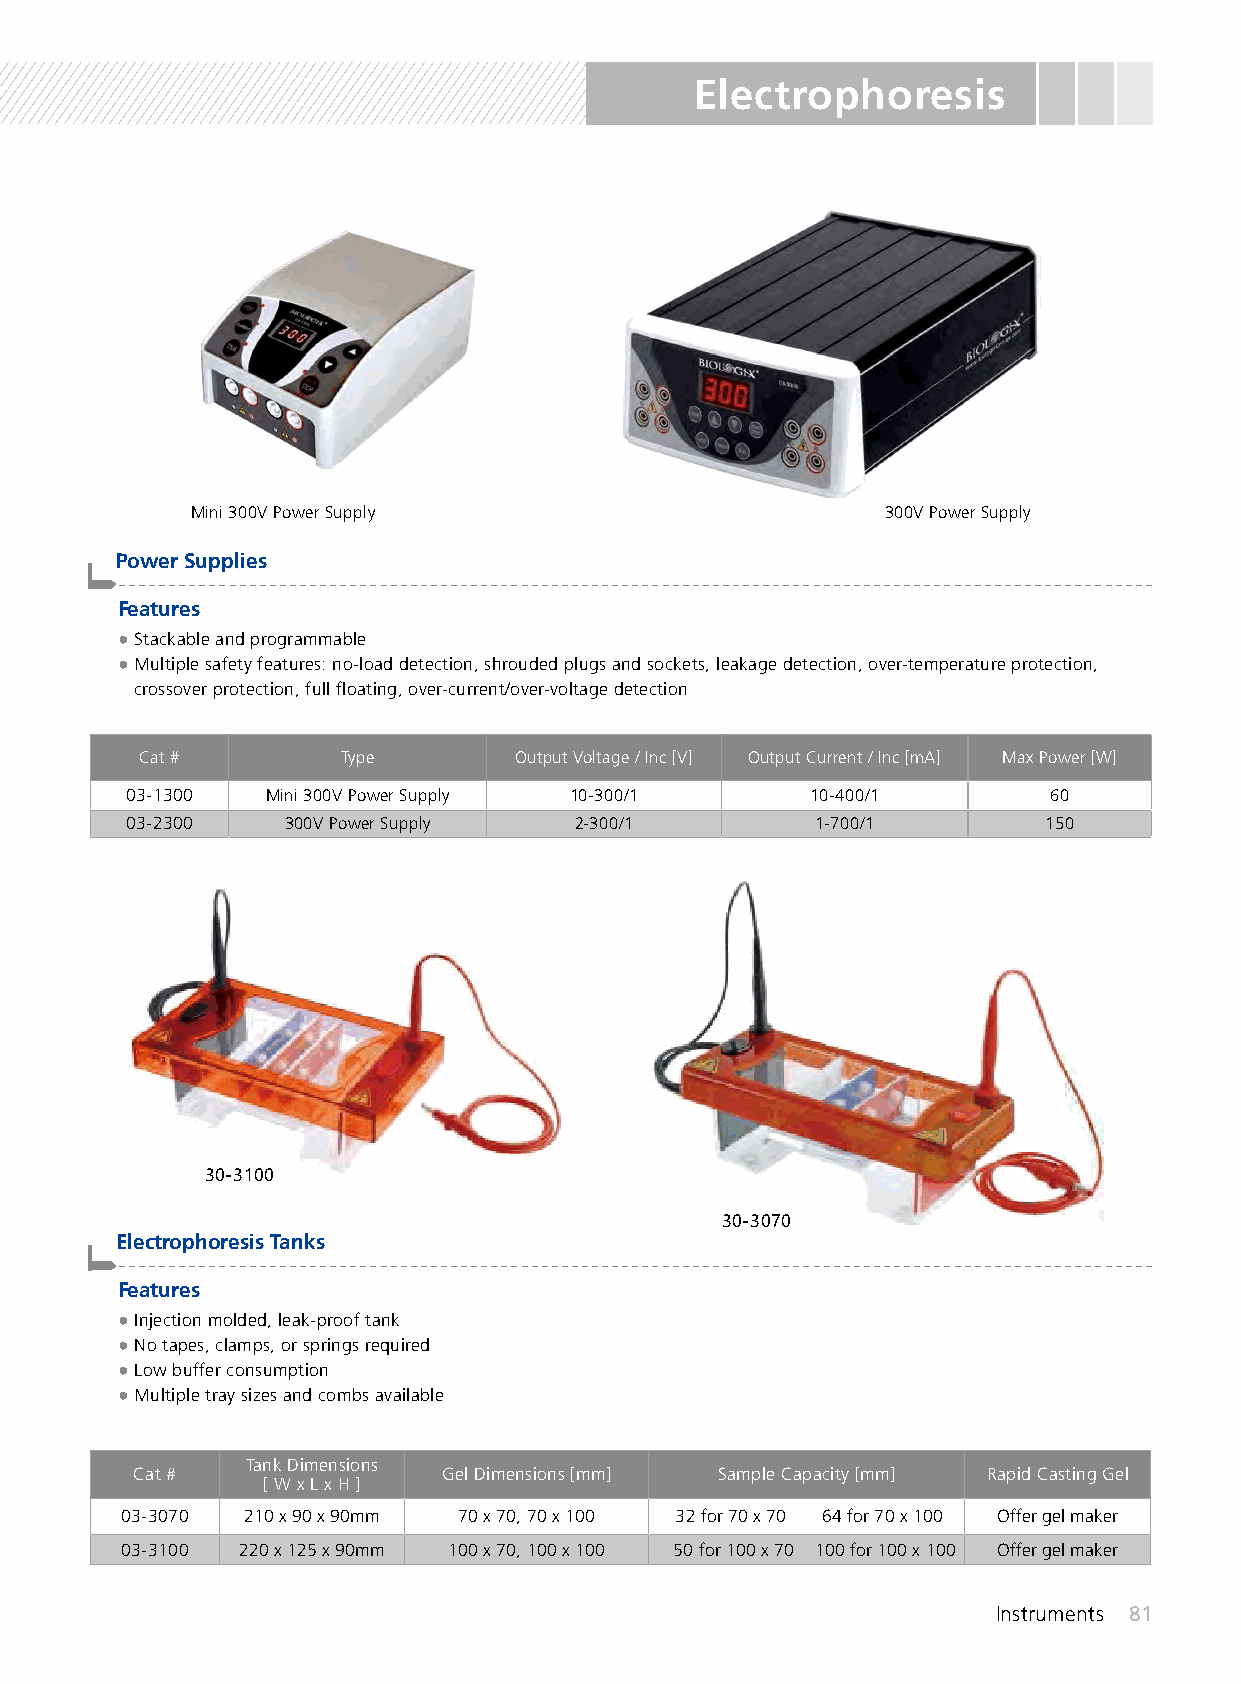
Electrophoresis
 Mini 300V Power Supply                        300V Power Supply
 Power Supplies
 -------------------------------------------------------------------------------------------------------
 Features
 ● Stackable and programmable
 ● Multiple safety features: no-load detection, shrouded plugs and sockets, leakage detection, over-temperature protection,
 crossover protection, full floating, over-current/over-voltage detection
 Cat #         Type       Output Voltage / Inc [V] Output Current / Inc [mA] Max Power [W]
 03-1300   Mini 300V Power Supply 10-300/1     10-400/1       60
 03-2300    300V Power Supply  2-300/1         1-700/1        150
 30-3100
 30-3070
 Electrophoresis Tanks
 -------------------------------------------------------------------------------------------------------
 Features
 ● Injection molded, leak-proof tank
 ● No tapes, clamps, or springs required
 ● Low buffer consumption
 ● Multiple tray sizes and combs available
 Tank Dimensions
 Cat #               Gel Dimensions [mm] Sample Capacity [mm] Rapid Casting Gel
 [ W x L x H ]
 03-3070 210 x 90 x 90mm 70 x 70, 70 x 100 32 for 70 x 70 64 for 70 x 100 Offer gel maker
 03-3100 220 x 125 x 90mm 100 x 70, 100 x 100 50 for 100 x 70 100 for 100 x 100 Offer gel maker
 Instruments 81